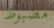
مضبوط